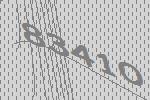
83410